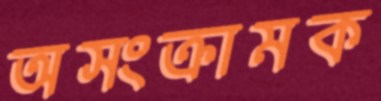
অসংক্রামক